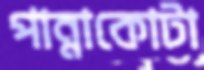
পান্নাকোটা